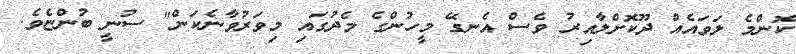
ކޮންމެ ލަވައެއް ދޫކޮށްލާއިރު ވެސް އެނގޭ މީހުންގެ މެދުގައި މިވަރުވާނެކަން" ސުނީ ބުންޏެވެ.